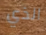
الذي